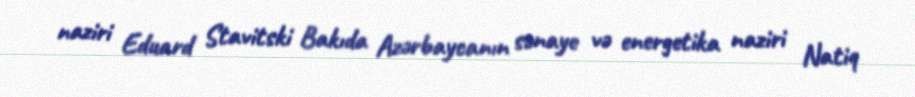
naziri Eduard Stavitski Bakıda Azərbaycanın sənaye və energetika naziri Natiq